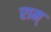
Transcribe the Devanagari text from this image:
राम्‌